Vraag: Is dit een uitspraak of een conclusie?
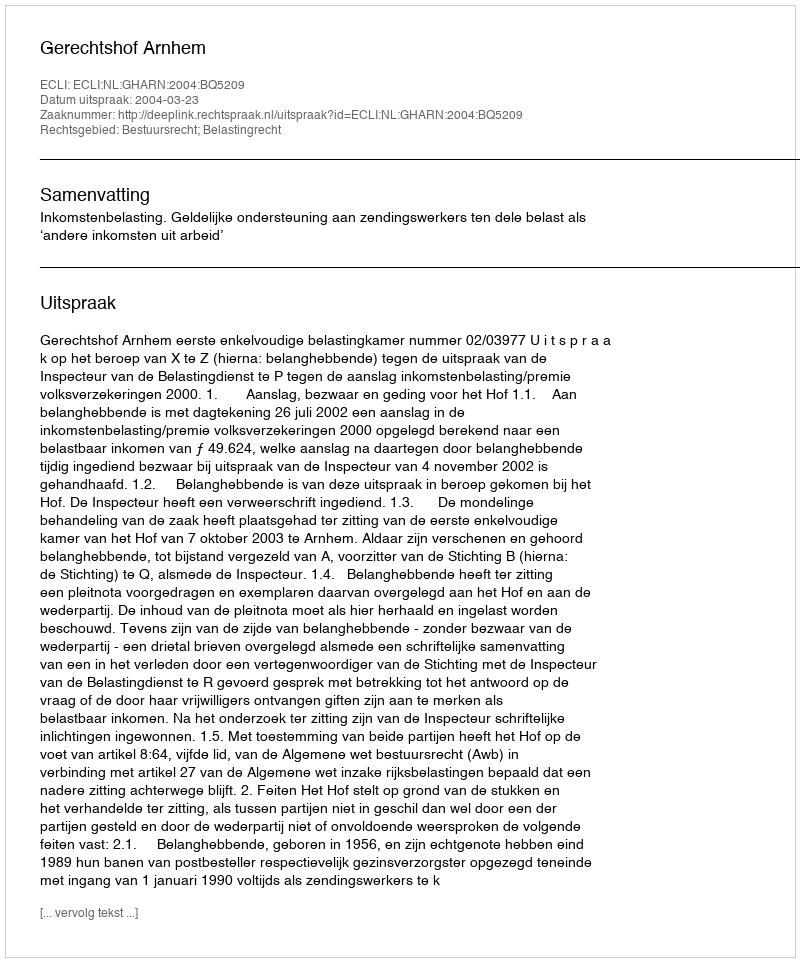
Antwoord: Uitspraak